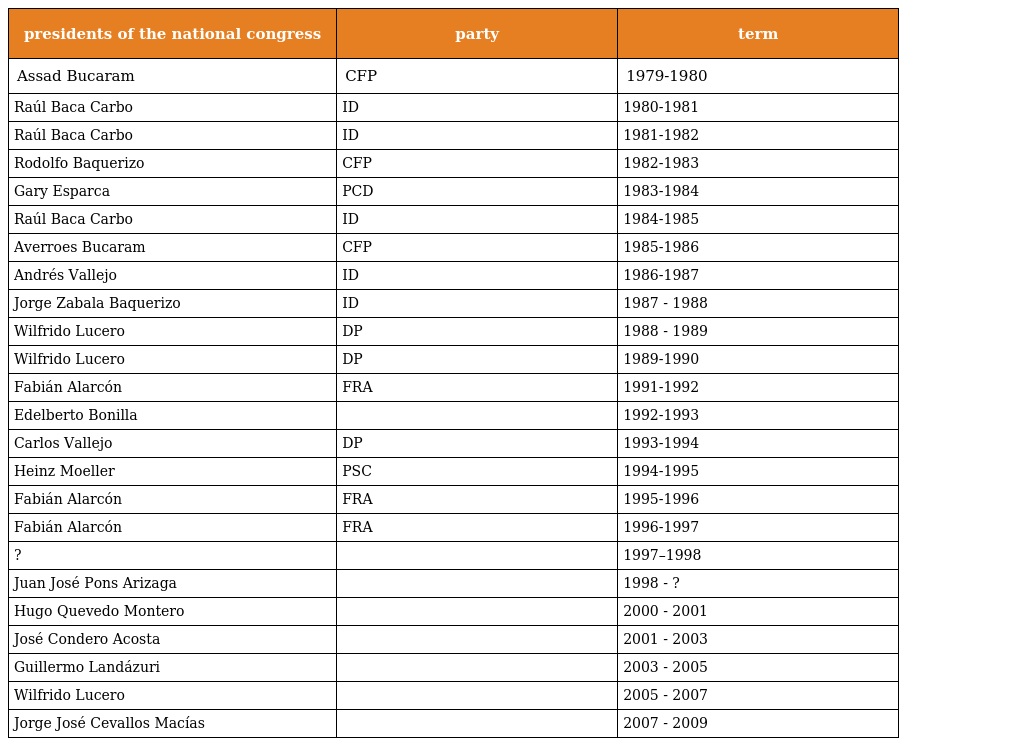
| presidents of the national congress | party | term |
 | --- | --- | --- |
 | Assad Bucaram | CFP | 1979-1980 |
 | Raúl Baca Carbo | ID | 1980-1981 |
 | Raúl Baca Carbo | ID | 1981-1982 |
 | Rodolfo Baquerizo | CFP | 1982-1983 |
 | Gary Esparca | PCD | 1983-1984 |
 | Raúl Baca Carbo | ID | 1984-1985 |
 | Averroes Bucaram | CFP | 1985-1986 |
 | Andrés Vallejo | ID | 1986-1987 |
 | Jorge Zabala Baquerizo | ID | 1987 - 1988 |
 | Wilfrido Lucero | DP | 1988 - 1989 |
 | Wilfrido Lucero | DP | 1989-1990 |
 | Fabián Alarcón | FRA | 1991-1992 |
 | Edelberto Bonilla |  | 1992-1993 |
 | Carlos Vallejo | DP | 1993-1994 |
 | Heinz Moeller | PSC | 1994-1995 |
 | Fabián Alarcón | FRA | 1995-1996 |
 | Fabián Alarcón | FRA | 1996-1997 |
 | ? |  | 1997–1998 |
 | Juan José Pons Arizaga |  | 1998 - ? |
 | Hugo Quevedo Montero |  | 2000 - 2001 |
 | José Condero Acosta |  | 2001 - 2003 |
 | Guillermo Landázuri |  | 2003 - 2005 |
 | Wilfrido Lucero |  | 2005 - 2007 |
 | Jorge José Cevallos Macías |  | 2007 - 2009 |